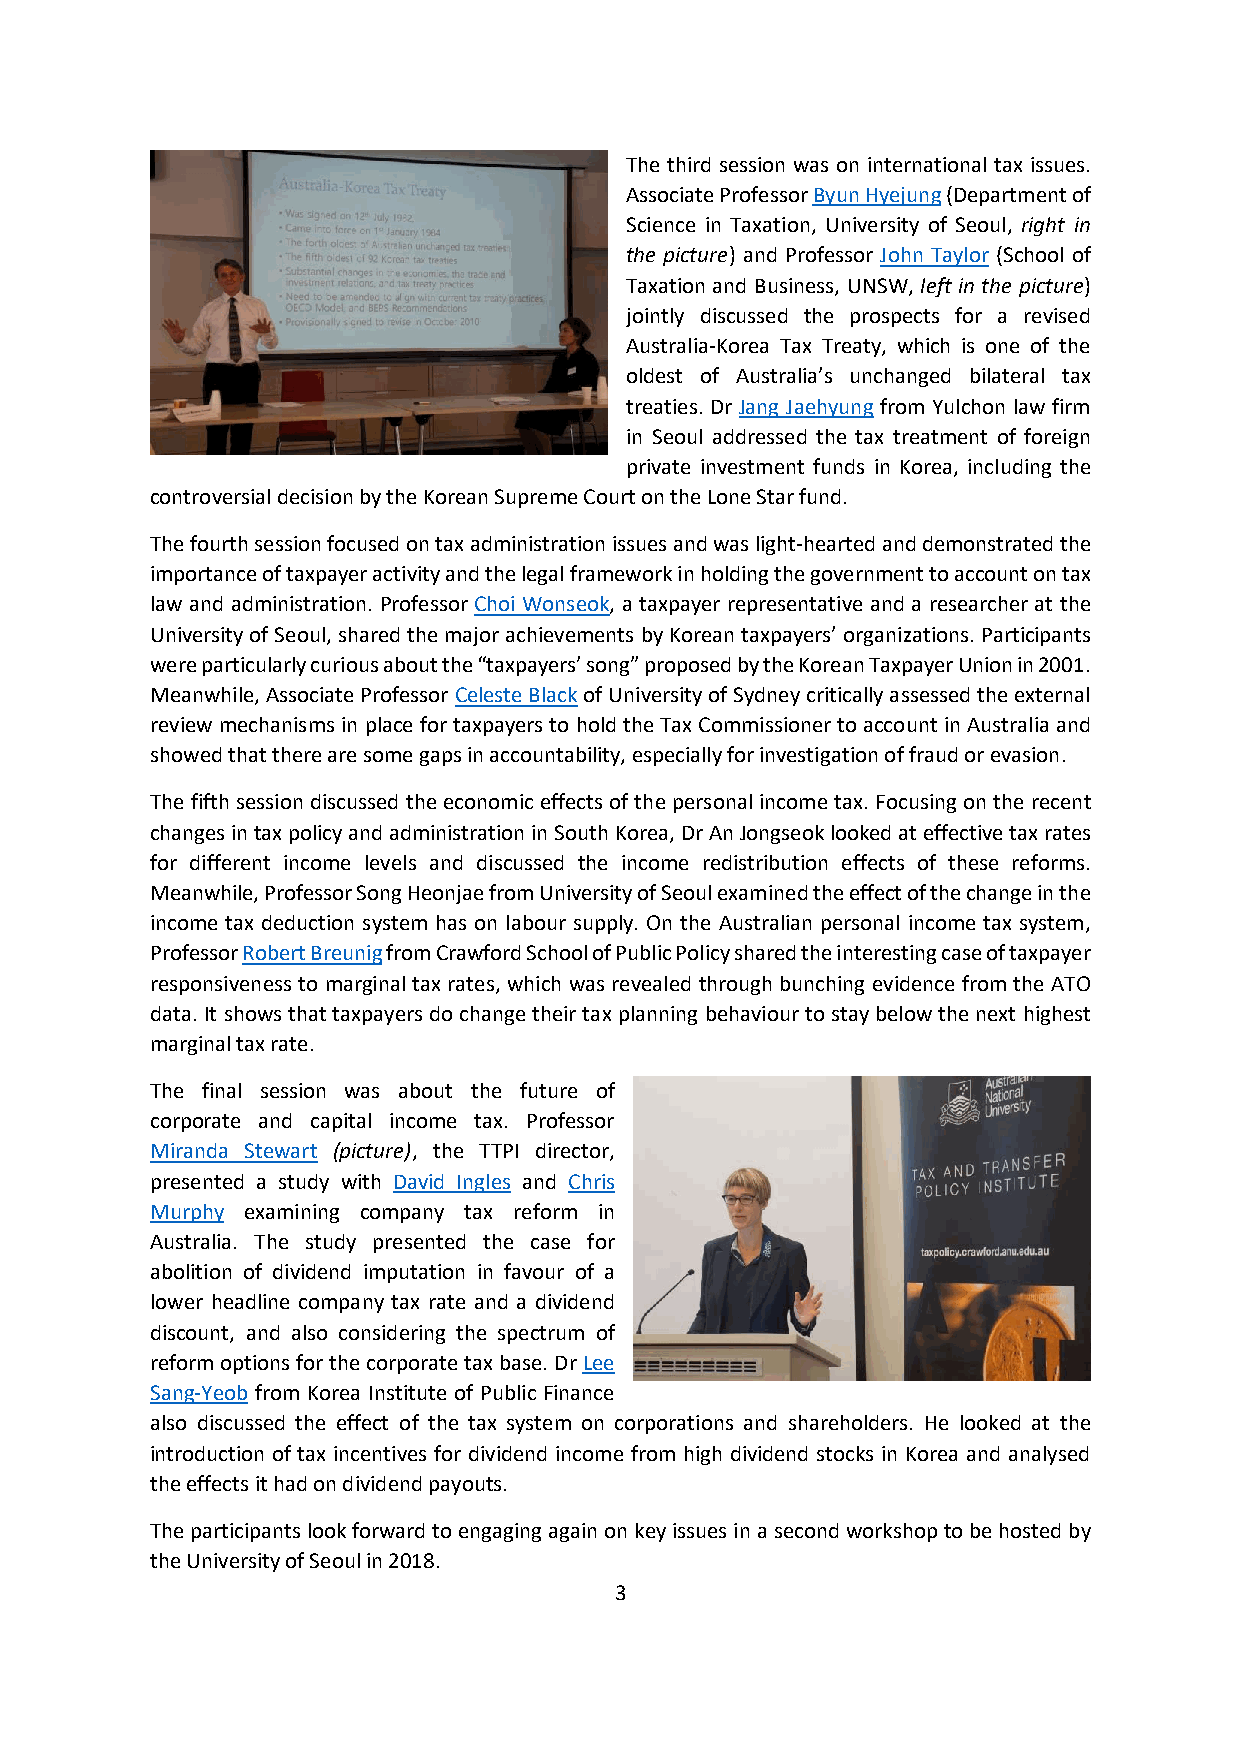
The third session was on international tax issues.
 Associate Professor Byun Hyejung (Department of
 Science in Taxation, University of Seoul, right in
 the picture) and Professor John Taylor (School of
 Taxation and Business, UNSW, left in the picture)
 jointly discussed the prospects for a revised
 Australia-Korea Tax Treaty, which is one of the
 oldest of Australia’s unchanged bilateral tax
 treaties. Dr Jang Jaehyung from Yulchon law firm
 in Seoul addressed the tax treatment of foreign
 private investment funds in Korea, including the
 controversial decision by the Korean Supreme Court on the Lone Star fund.
 The fourth session focused on tax administration issues and was light-hearted and demonstrated the
 importance of taxpayer activity and the legal framework in holding the government to account on tax
 law and administration. Professor Choi Wonseok, a taxpayer representative and a researcher at the
 University of Seoul, shared the major achievements by Korean taxpayers’ organizations. Participants
 were particularly curious about the “taxpayers’ song” proposed by the Korean Taxpayer Union in 2001.
 Meanwhile, Associate Professor Celeste Black of University of Sydney critically assessed the external
 review mechanisms in place for taxpayers to hold the Tax Commissioner to account in Australia and
 showed that there are some gaps in accountability, especially for investigation of fraud or evasion.
 The fifth session discussed the economic effects of the personal income tax. Focusing on the recent
 changes in tax policy and administration in South Korea, Dr An Jongseok looked at effective tax rates
 for different income levels and discussed the income redistribution effects of these reforms.
 Meanwhile, Professor Song Heonjae from University of Seoul examined the effect of the change in the
 income tax deduction system has on labour supply. On the Australian personal income tax system,
 Professor Robert Breunig from Crawford School of Public Policy shared the interesting case of taxpayer
 responsiveness to marginal tax rates, which was revealed through bunching evidence from the ATO
 data. It shows that taxpayers do change their tax planning behaviour to stay below the next highest
 marginal tax rate.
 The final session was about the future of
 corporate and capital income tax. Professor
 Miranda Stewart (picture), the TTPI director,
 presented a study with David Ingles and Chris
 Murphy examining company tax reform in
 Australia. The study presented the case for
 abolition of dividend imputation in favour of a
 lower headline company tax rate and a dividend
 discount, and also considering the spectrum of
 reform options for the corporate tax base. Dr Lee
 Sang-Yeob from Korea Institute of Public Finance
 also discussed the effect of the tax system on corporations and shareholders. He looked at the
 introduction of tax incentives for dividend income from high dividend stocks in Korea and analysed
 the effects it had on dividend payouts.
 The participants look forward to engaging again on key issues in a second workshop to be hosted by
 the University of Seoul in 2018.
 3